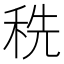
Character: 𰨥